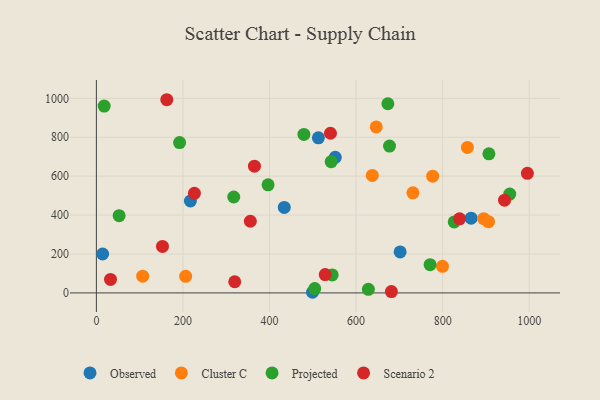
{"axis": {"x": "Engine Size", "y": "Profit"}, "legend": ["Cluster C", "Observed", "Projected", "Scenario 2"], "data": [{"x": "701.8", "y": 210.7, "type": "Observed"}, {"x": "217.2", "y": 472.4, "type": "Observed"}, {"x": "512.9", "y": 797.0, "type": "Observed"}, {"x": "551.9", "y": 697.0, "type": "Observed"}, {"x": "14.4", "y": 200.0, "type": "Observed"}, {"x": "434.1", "y": 439.3, "type": "Observed"}, {"x": "865.8", "y": 383.9, "type": "Observed"}, {"x": "499.4", "y": 3.3, "type": "Observed"}, {"x": "894.9", "y": 381.7, "type": "Cluster C"}, {"x": "906.1", "y": 366.4, "type": "Cluster C"}, {"x": "646.6", "y": 852.9, "type": "Cluster C"}, {"x": "799.6", "y": 136.8, "type": "Cluster C"}, {"x": "206.2", "y": 85.4, "type": "Cluster C"}, {"x": "731.4", "y": 514.5, "type": "Cluster C"}, {"x": "777.0", "y": 600.2, "type": "Cluster C"}, {"x": "107.0", "y": 85.8, "type": "Cluster C"}, {"x": "637.5", "y": 603.7, "type": "Cluster C"}, {"x": "857.2", "y": 747.6, "type": "Cluster C"}, {"x": "396.7", "y": 555.7, "type": "Projected"}, {"x": "479.4", "y": 814.8, "type": "Projected"}, {"x": "955.1", "y": 508.1, "type": "Projected"}, {"x": "673.5", "y": 972.3, "type": "Projected"}, {"x": "544.8", "y": 92.3, "type": "Projected"}, {"x": "542.5", "y": 674.3, "type": "Projected"}, {"x": "677.3", "y": 754.9, "type": "Projected"}, {"x": "18.0", "y": 960.1, "type": "Projected"}, {"x": "771.0", "y": 145.0, "type": "Projected"}, {"x": "317.4", "y": 492.9, "type": "Projected"}, {"x": "826.8", "y": 365.0, "type": "Projected"}, {"x": "906.9", "y": 714.8, "type": "Projected"}, {"x": "628.4", "y": 18.3, "type": "Projected"}, {"x": "192.2", "y": 772.6, "type": "Projected"}, {"x": "52.5", "y": 397.0, "type": "Projected"}, {"x": "504.5", "y": 22.3, "type": "Projected"}, {"x": "540.8", "y": 820.5, "type": "Scenario 2"}, {"x": "943.1", "y": 476.8, "type": "Scenario 2"}, {"x": "355.7", "y": 368.3, "type": "Scenario 2"}, {"x": "319.6", "y": 57.3, "type": "Scenario 2"}, {"x": "681.6", "y": 6.8, "type": "Scenario 2"}, {"x": "528.7", "y": 94.3, "type": "Scenario 2"}, {"x": "839.1", "y": 380.8, "type": "Scenario 2"}, {"x": "226.5", "y": 511.9, "type": "Scenario 2"}, {"x": "162.6", "y": 992.9, "type": "Scenario 2"}, {"x": "152.7", "y": 239.1, "type": "Scenario 2"}, {"x": "32.6", "y": 69.4, "type": "Scenario 2"}, {"x": "365.2", "y": 651.5, "type": "Scenario 2"}, {"x": "995.8", "y": 614.7, "type": "Scenario 2"}]}